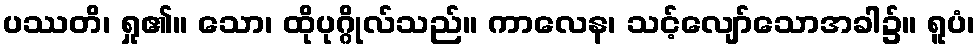
ပဿတိ၊ ရှု၏။ သော၊ ထိုပုဂ္ဂိုလ်သည်။ ကာလေန၊ သင့်လျော်သောအခါ၌။ ရူပံ၊